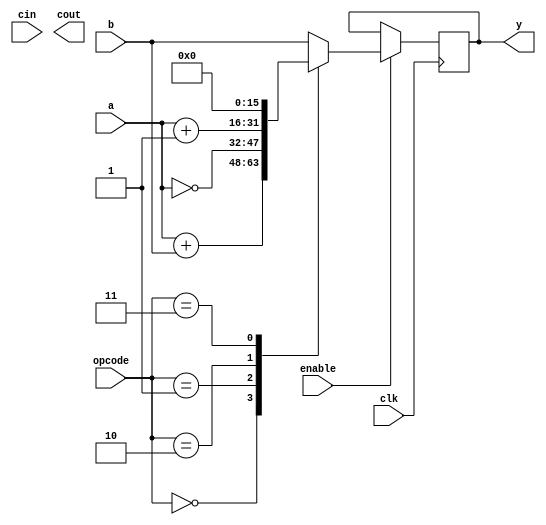
/*
*   16 bit ALU for simple processor
*   Luke Zambella
*/

module ALU(
input clk,     // Clock input
input [2:0] opcode, // ALU opcode independant of CPU Opcode
input [15:0] a,     // Input a
input [15:0] b,     // Input b
input cin,          // Carry in
input enable,       // enable input
output reg [15:0] y,// Output
output reg cout);      
    always @ (posedge clk) begin
        if (enable) begin
            case (opcode)
                'b000: y <= a + b;   // Add inputs (AC and MD)
                'b001: y <= ~a;      // Invert accumulator register (reg should be input a)
                'b010: y <= a + 1;   // Increment the accumulator register by 1
                'b011: y <= 0;       // Pass zero
                'b100: y <= b;       // pass input b (MD)
                default: y <= b;     // Unknown opcode then pass accumulator value
            endcase
        end
    end


endmodule